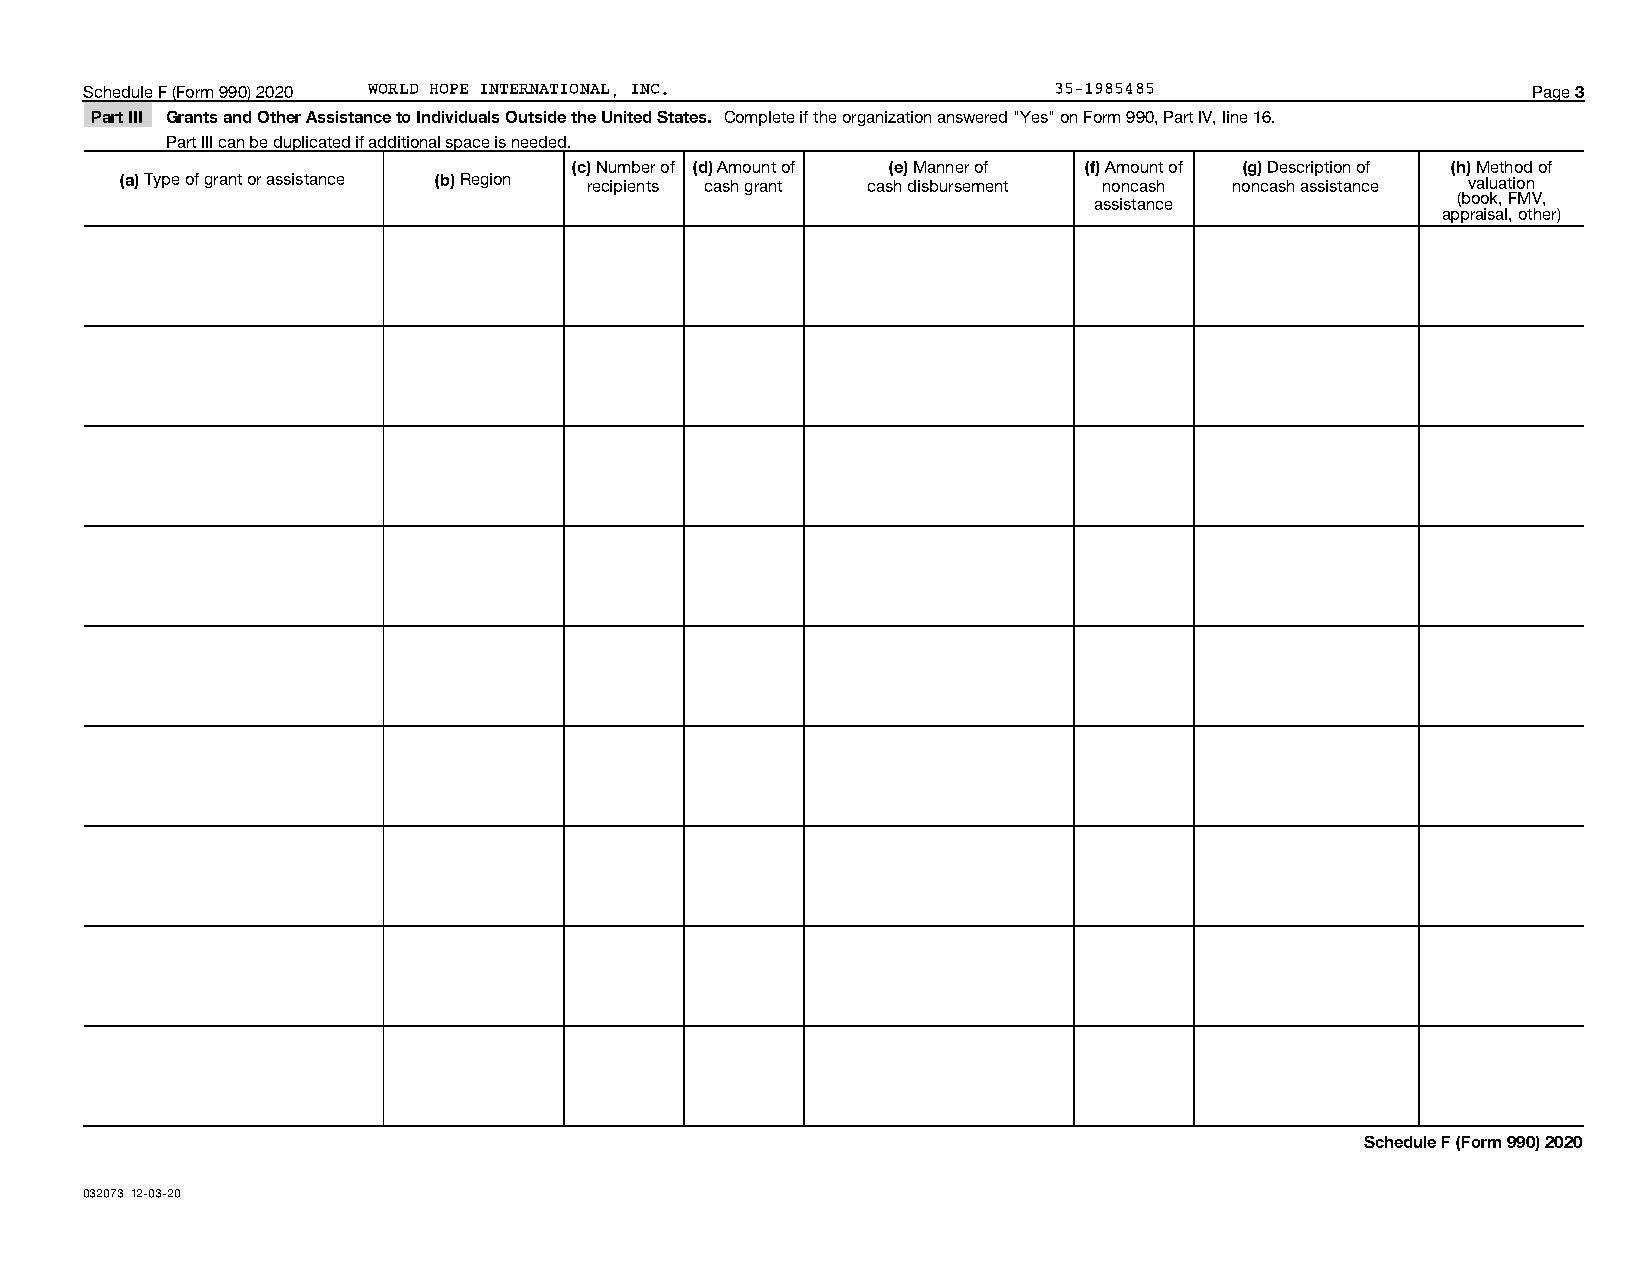
Schedule F (Form 990) 2020 WORLD HOPE INTERNATIONAL, INC.       35-1985485                     Page 3
 Part III Grants and Other Assistance to Individuals Outside the United States. Complete if the organization answered "Yes" on Form 990, Part IV, line 16.
 Part III can be duplicated if additional space is needed.
 (c) Number of (d) Amount of (e) Manner of (f) Amount of (g) Description of (h) Method of
 (a) Type of grant or assistance (b) Region recipients cash grant cash disbursement noncash noncash assistance valuation
 assistance              (book, FMV,
 appraisal, other)
 Schedule F (Form 990) 2020
 032073 12-03-20